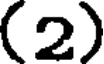
(2)